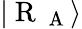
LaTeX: |\mathrm{~R~}_{\mathrm{~A~}}\rangle